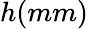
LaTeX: h(mm)